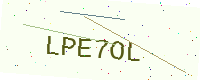
Text: LPE7OL